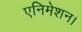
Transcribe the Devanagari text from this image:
एनिमेशन।